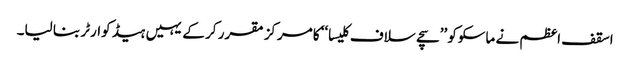
اسقف اعظم نے ماسکوکو ’’سچے سلاف کلیسا‘‘ کا مرکز مقرر کر کے یہیں ہیڈ کوارٹر بنا لیا۔